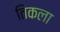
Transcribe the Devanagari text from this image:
तिकला